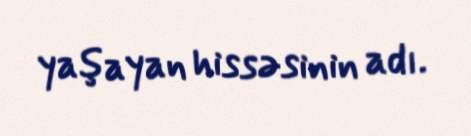
yaşayan hissəsinin adı.